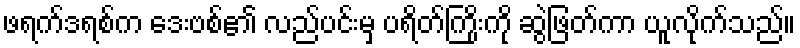
ဖရက်ဒရစ်က ဒေးဗစ်၏ လည်ပင်းမှ ပရိတ်ကြိုးကို ဆွဲဖြတ်ကာ ယူလိုက်သည်။